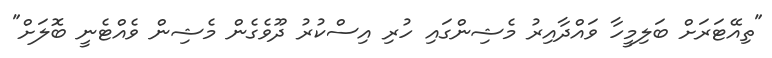
"ތިއޭޓަރަށް ބަލިމީހާ ވައްދާއިރު މެޝިންގައި ހުރި އިސްކުރު ދޫވެގެން މެޝިން ވެއްޓެނީ ބޮލަށް"